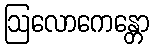
ဩလောကေန္တော